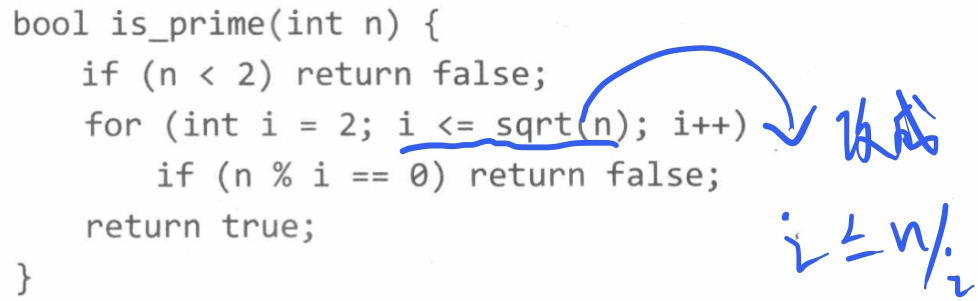
```cpp
bool is_prime(int n) {
    if (n < 2) return false;
    for (int i = 2; i <= sqrt(n); i++)
        if (n % i == 0) return false;
    return true;
}
```